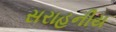
સરાહનીય